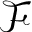
\mathcal { F }